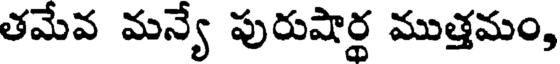
తమేవ మన్యే పురుషార్థ ముత్తమం,